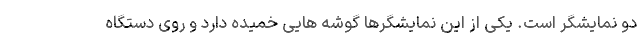
دو نمایشگر است. یکی از این نمایشگرها گوشه هایی خمیده دارد و روی دستگاه